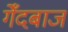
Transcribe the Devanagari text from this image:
गेँदबाज